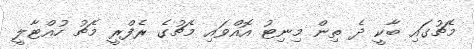
މެޗުގައި ބާކީ ދެ ތިން މިނިޓު އޮއްވައި މެޗުގެ ރެފްރީ މެޗު ހުއްޓާލީ